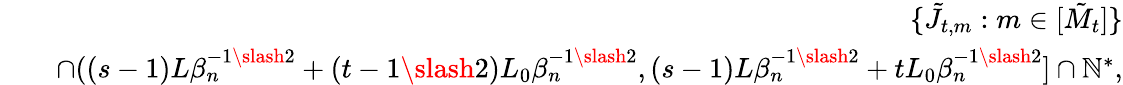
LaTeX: \begin{array}{rlr}&{}&{\{ \tilde{J}_{t,m}:m\in[\tilde{M}_{t}]\} }\\ &{}&{\cap((s-1)L\beta_{n}^{-1\slash 2}+(t-1\slash 2)L_{0}\beta_{n}^{-1\slash 2},(s-1)L\beta_{n}^{-1\slash 2}+tL_{0}\beta_{n}^{-1\slash 2}]\cap\mathbb{N}^{*},}\end{array}